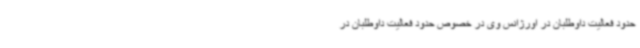
حدود فعالیت داوطلبان در اورژانس وی در خصوص حدود فعالیت داوطلبان در